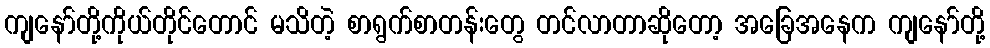
ကျနော်တို့ကိုယ်တိုင်တောင် မသိတဲ့ စာရွက်စာတန်းတွေ တင်လာတာဆိုတော့ အခြေအနေက ကျနော်တို့